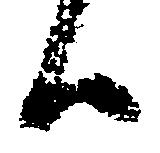
候